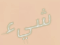
شيء